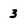
Character: 3